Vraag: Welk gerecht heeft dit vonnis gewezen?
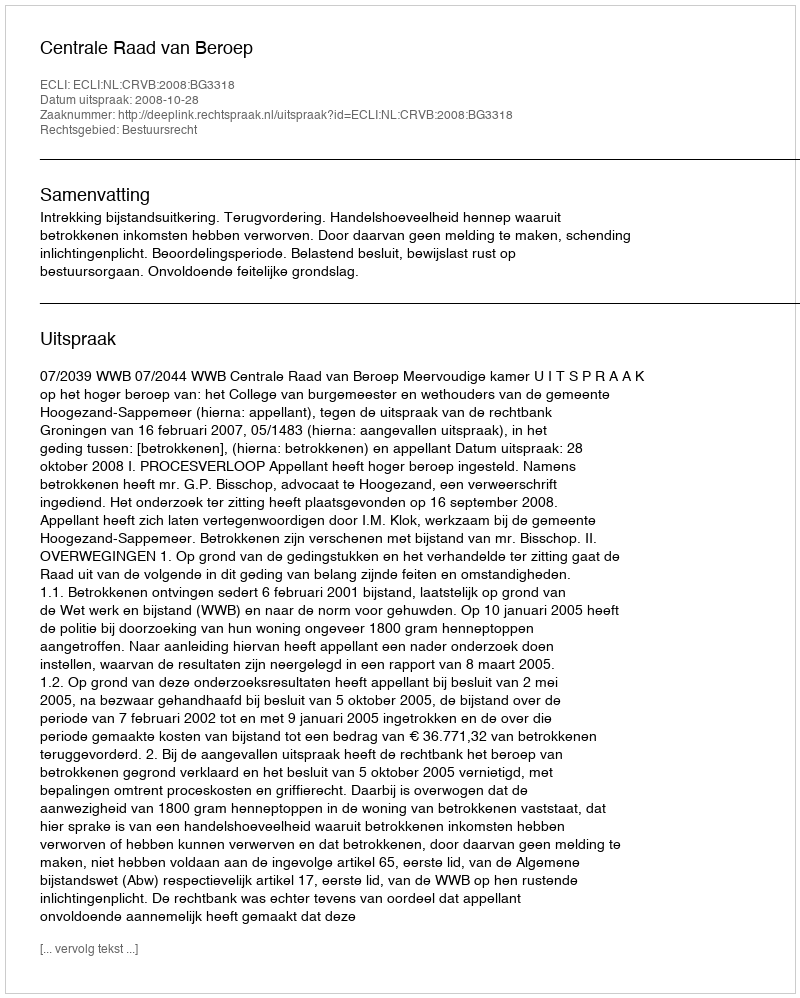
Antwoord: Centrale Raad van Beroep